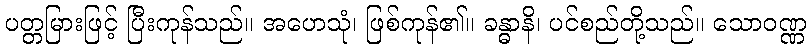
ပတ္တမြားဖြင့် ပြီးကုန်သည်။ အဟေသုံ၊ ဖြစ်ကုန်၏။ ခန္ဓာနိ၊ ပင်စည်တို့သည်။ သောဝဏ္ဏ